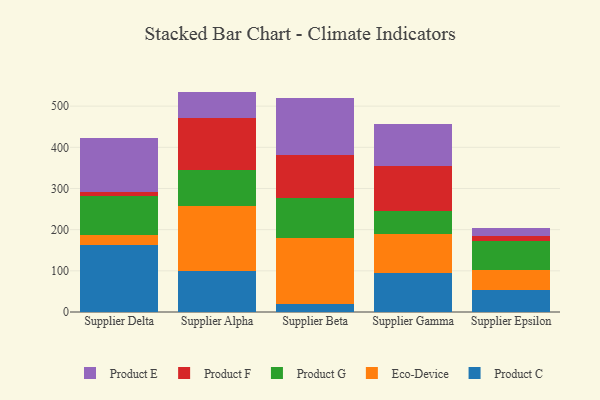
{"axis": {"x": "Supplier", "y": "Net Income (USD K)"}, "legend": ["Eco-Device", "Product C", "Product E", "Product F", "Product G"], "data": [{"x": "Supplier Delta", "y": 162.3, "type": "Product C"}, {"x": "Supplier Delta", "y": 25.3, "type": "Eco-Device"}, {"x": "Supplier Delta", "y": 95.3, "type": "Product G"}, {"x": "Supplier Delta", "y": 8.4, "type": "Product F"}, {"x": "Supplier Delta", "y": 132.2, "type": "Product E"}, {"x": "Supplier Alpha", "y": 98.6, "type": "Product C"}, {"x": "Supplier Alpha", "y": 158.1, "type": "Eco-Device"}, {"x": "Supplier Alpha", "y": 88.7, "type": "Product G"}, {"x": "Supplier Alpha", "y": 126.2, "type": "Product F"}, {"x": "Supplier Alpha", "y": 63.7, "type": "Product E"}, {"x": "Supplier Beta", "y": 19.5, "type": "Product C"}, {"x": "Supplier Beta", "y": 159.7, "type": "Eco-Device"}, {"x": "Supplier Beta", "y": 97.5, "type": "Product G"}, {"x": "Supplier Beta", "y": 104.1, "type": "Product F"}, {"x": "Supplier Beta", "y": 139.6, "type": "Product E"}, {"x": "Supplier Gamma", "y": 95.6, "type": "Product C"}, {"x": "Supplier Gamma", "y": 94.5, "type": "Eco-Device"}, {"x": "Supplier Gamma", "y": 54.7, "type": "Product G"}, {"x": "Supplier Gamma", "y": 109.4, "type": "Product F"}, {"x": "Supplier Gamma", "y": 101.7, "type": "Product E"}, {"x": "Supplier Epsilon", "y": 53.1, "type": "Product C"}, {"x": "Supplier Epsilon", "y": 48.8, "type": "Eco-Device"}, {"x": "Supplier Epsilon", "y": 69.6, "type": "Product G"}, {"x": "Supplier Epsilon", "y": 12.3, "type": "Product F"}, {"x": "Supplier Epsilon", "y": 20.0, "type": "Product E"}]}